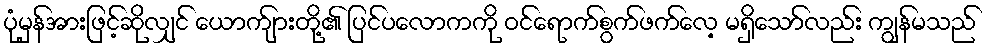
ပုံမှန်အားဖြင့်ဆိုလျှင် ယောက်ျားတို့၏ ပြင်ပလောကကို ဝင်ရောက်စွက်ဖက်လေ့ မရှိသော်လည်း ကျွန်မသည်